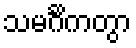
သမင်္ဂိကတွာ